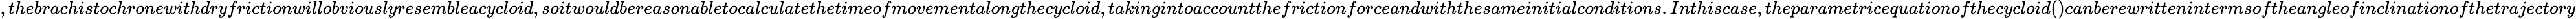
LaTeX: ,thebrachistochronewithdryfrictionwillobviouslyresembleacycloid,soitwouldbereasonabletocalculatethetimeofmovementalongthecycloid,takingintoaccountthefrictionforceandwiththesameinitialconditions.Inthiscase,theparametricequationofthecycloid()canberewrittenintermsoftheangleofinclinationofthetrajectory